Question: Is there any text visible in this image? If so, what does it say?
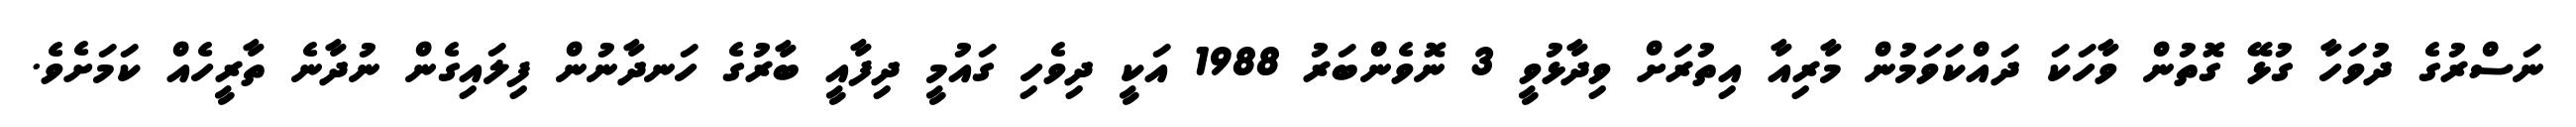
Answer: ނަސްރުގެ ދުވަހާ ގުޅޭ ގޮތުން ވާހަކަ ދައްކަވަމުން މާރިއާ އިތުރަށް ވިދާޅުވީ 3 ނޮވެންބަރު 1988 އަކީ ދިވެހި ގައުމީ ދިފާއީ ބާރުގެ ހަނދާނުން ފިލައިގެން ނުދާނެ ތާރީހެއް ކަމަށެވެ.